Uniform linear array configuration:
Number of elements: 24
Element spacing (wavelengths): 1
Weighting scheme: cosine
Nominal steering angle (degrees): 30
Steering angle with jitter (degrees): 29.126
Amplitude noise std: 0.05
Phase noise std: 0.05

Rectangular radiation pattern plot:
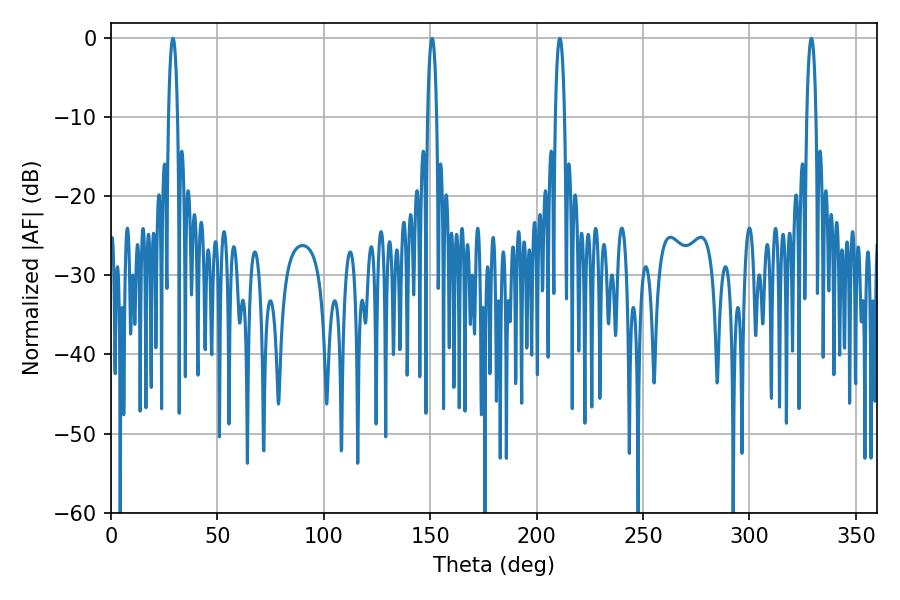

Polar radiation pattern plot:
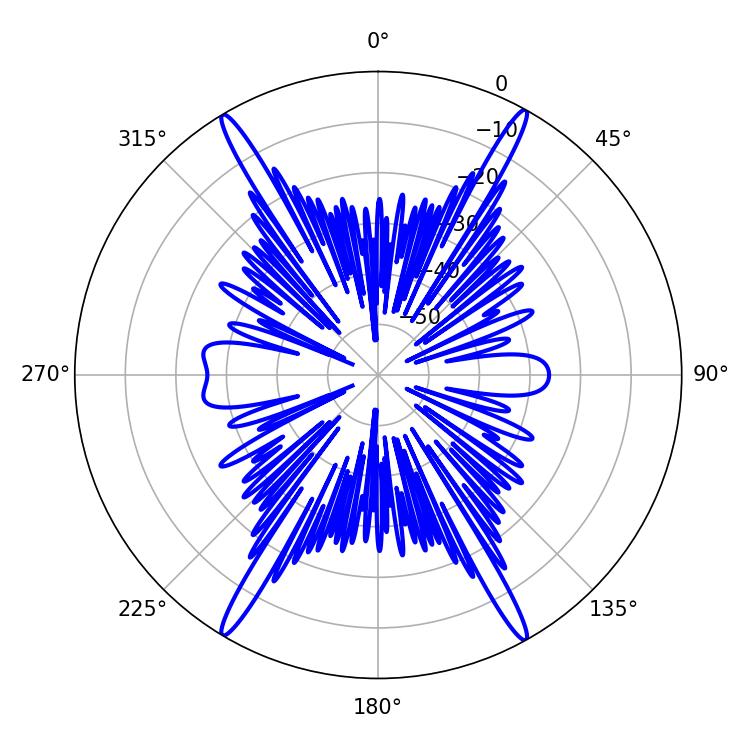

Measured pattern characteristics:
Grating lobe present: TRUE
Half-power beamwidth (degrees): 2.34
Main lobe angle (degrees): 29.16